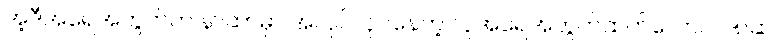
အဲ့ဒီအရေအတွက်က နာဆာမှာ အလုပ်လုပ်နေတဲ့ လူအရေအတွက်ထက်တောင် ၁၈ဆ